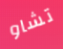
تشاو